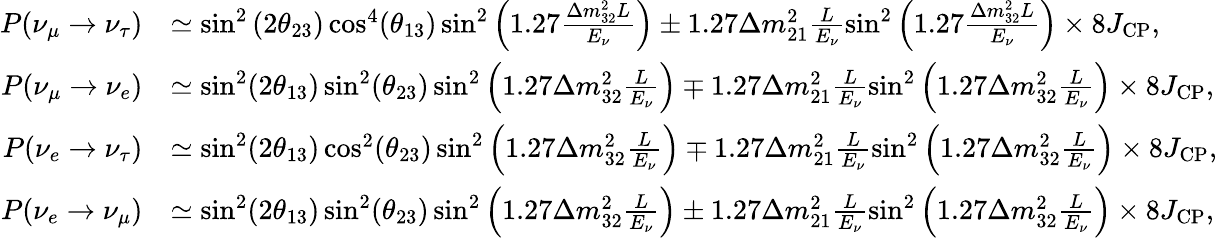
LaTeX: \begin{array}{rl}{P(\nu_{\mu}\to\nu_{\tau})}&{\simeq\sin^{2}\left(2\theta_{23}\right)\cos^{4}(\theta_{13})\sin^{2}\left(1.27\frac{\Delta m_{32}^{2}L}{E_{\nu}}\right)\pm 1.27\Delta m_{21}^{2}\frac{L}{E_{\nu}}\sin^{2}\left(1.27\frac{\Delta m_{32}^{2}L}{E_{\nu}}\right)\times 8J_{\mathrm{CP}},}\\ {P(\nu_{\mu}\rightarrow\nu_{e})}&{\simeq\sin^{2}(2\theta_{13})\sin^{2}(\theta_{23})\sin^{2}\left(1.27\Delta m_{32}^{2}\frac{L}{E_{\nu}}\right)\mp 1.27\Delta m_{21}^{2}\frac{L}{E_{\nu}}\sin^{2}\left(1.27\Delta m_{32}^{2}\frac{L}{E_{\nu}}\right)\times 8J_{\textrm{CP}},}\\ {P(\nu_{e}\rightarrow\nu_{\tau})}&{\simeq\sin^{2}(2\theta_{13})\cos^{2}(\theta_{23})\sin^{2}\left(1.27\Delta m_{32}^{2}\frac{L}{E_{\nu}}\right)\mp 1.27\Delta m_{21}^{2}\frac{L}{E_{\nu}}\sin^{2}\left(1.27\Delta m_{32}^{2}\frac{L}{E_{\nu}}\right)\times 8J_{\textrm{CP}},}\\ {P(\nu_{e}\rightarrow\nu_{\mu})}&{\simeq\sin^{2}(2\theta_{13})\sin^{2}(\theta_{23})\sin^{2}\left(1.27\Delta m_{32}^{2}\frac{L}{E_{\nu}}\right)\pm 1.27\Delta m_{21}^{2}\frac{L}{E_{\nu}}\sin^{2}\left(1.27\Delta m_{32}^{2}\frac{L}{E_{\nu}}\right)\times 8J_{\textrm{CP}},}\end{array}